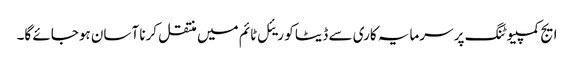
ایج کمپیوٹنگ پر سرمایہ کاری سے ڈیٹا کو ریئل ٹائم میں منتقل کرنا آسان ہوجائے گا۔